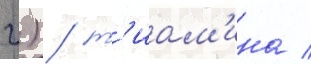
г) / т'иам'ина /